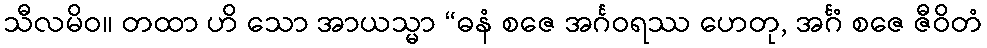
သီလမိဝ။ တထာ ဟိ သော အာယသ္မာ “ဓနံ စဇေ အင်္ဂဝရဿ ဟေတု, အင်္ဂံ စဇေ ဇီဝိတံ